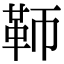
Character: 𩉰